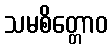
သမစိတ္တောဝ